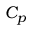
C _ { p }